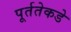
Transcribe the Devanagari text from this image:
पूर्ततेकडे